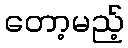
တော့မည့်